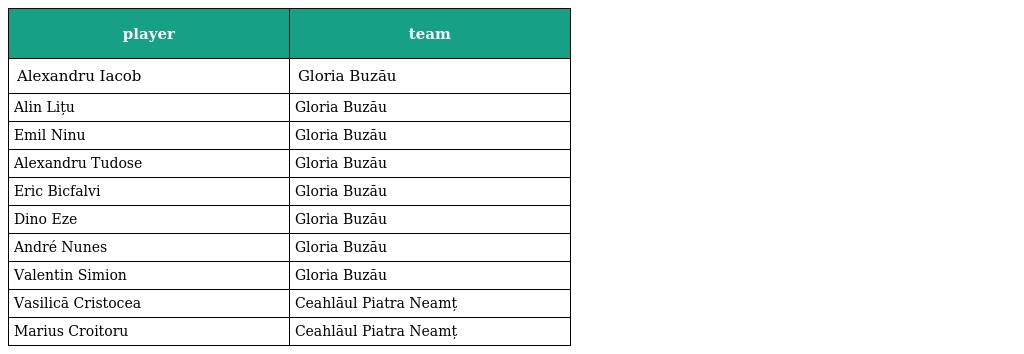
| player | team |
 | --- | --- |
 | Alexandru Iacob | Gloria Buzău |
 | Alin Lițu | Gloria Buzău |
 | Emil Ninu | Gloria Buzău |
 | Alexandru Tudose | Gloria Buzău |
 | Eric Bicfalvi | Gloria Buzău |
 | Dino Eze | Gloria Buzău |
 | André Nunes | Gloria Buzău |
 | Valentin Simion | Gloria Buzău |
 | Vasilică Cristocea | Ceahlăul Piatra Neamț |
 | Marius Croitoru | Ceahlăul Piatra Neamț |